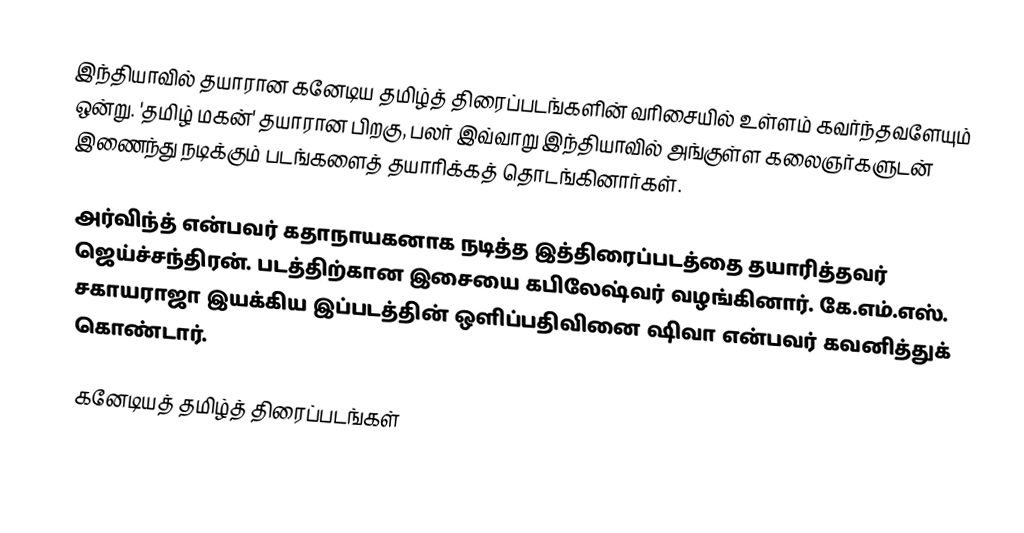
இந்தியாவில் தயாரான கனேடிய தமிழ்த் திரைப்படங்களின் வரிசையில் உள்ளம் கவர்ந்தவளேயும் ஒன்று. 'தமிழ் மகன்' தயாரான பிறகு, பலர் இவ்வாறு இந்தியாவில் அங்குள்ள கலைஞர்களுடன் இணைந்து நடிக்கும் படங்களைத் தயாரிக்கத் தொடங்கினார்கள்.

அர்விந்த் என்பவர் கதாநாயகனாக நடித்த இத்திரைப்படத்தை தயாரித்தவர் ஜெய்ச்சந்திரன். படத்திற்கான இசையை கபிலேஷ்வர் வழங்கினார். கே.எம்.எஸ். சகாயராஜா இயக்கிய இப்படத்தின் ஒளிப்பதிவினை ஷிவா என்பவர் கவனித்துக் கொண்டார்.

கனேடியத் தமிழ்த் திரைப்படங்கள்